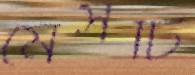
মেসটি